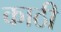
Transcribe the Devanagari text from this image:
काठी